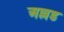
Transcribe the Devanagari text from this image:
अल्लड